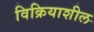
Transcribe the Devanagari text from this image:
विक्रियाशील